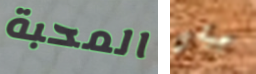
المحبة جيشي